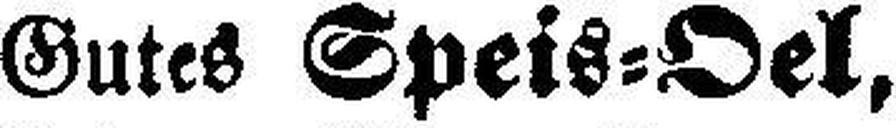
Gutes Speis=Oel,